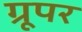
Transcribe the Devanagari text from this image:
ग्रूपर